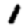
Digit: 1